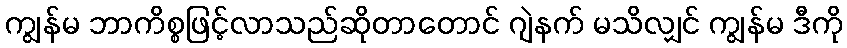
ကျွန်မ ဘာကိစ္စဖြင့်လာသည်ဆိုတာတောင် ဂျဲနက် မသိလျှင် ကျွန်မ ဒီကို